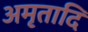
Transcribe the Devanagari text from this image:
अमृतादि